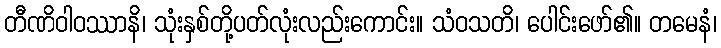
တီဏိဝါဝဿာနိ၊ သုံးနှစ်တို့ပတ်လုံးလည်းကောင်း။ သံဝသတိ၊ ပေါင်းဖော်၏။ တမေနံ၊